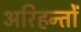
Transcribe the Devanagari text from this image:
अरिहन्तों